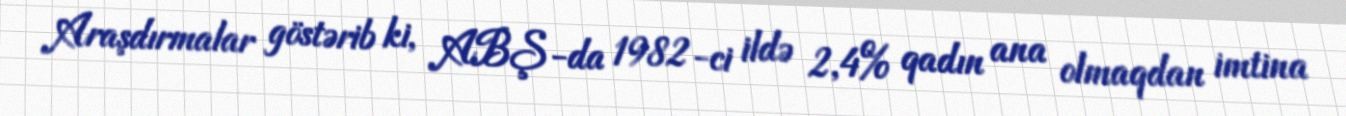
Araşdırmalar göstərib ki, ABŞ-da 1982-ci ildə 2,4% qadın ana olmaqdan imtina